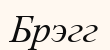
Брэгг